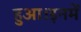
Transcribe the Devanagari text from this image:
हुआ।इनमें